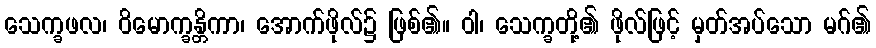
သေက္ခဖလ၊ ဝိမောက္ခန္တိကာ၊ အောက်ဖိုလ်၌ ဖြစ်၏။ ဝါ၊ သေက္ခတို့၏ ဖိုလ်ဖြင့် မှတ်အပ်သော မဂ်၏